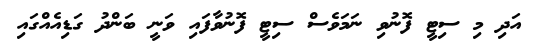
އަދި މި ސިޓީ ފޮނުވި ނަމަވެސް ސިޓީ ފޮނުވާފައި ވަނީ ބަންދު ގަޑިއެއްގައި